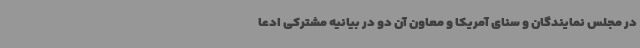
در مجلس نمایندگان و سنای آمریکا و معاون آن دو در بیانیه مشترکی ادعا